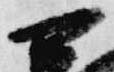
公